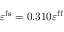
\varepsilon ^ { \mathrm { f s } } = 0 . 3 1 0 \varepsilon ^ { \mathrm { f f } }